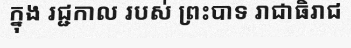
ក្នុង រជ្ជកាល របស់ ព្រះបាទ រាជាធិរាជ